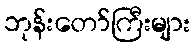
ဘုန်းတော်ကြီးများ